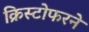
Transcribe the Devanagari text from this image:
क्रिस्टोफरने